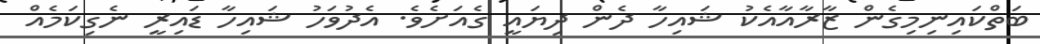
ބަތްކައިނިމިގެން ޒާާރާއާއެކު ޝައިހާ ދެން ދިޔައީ ގެއަށެވެ. އެދުވަހު ޝައިހާ ޑައިރީ ނެގިކަމެއް